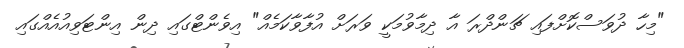
"މިހާ ދުވަސްކޮށްފައި ޗަންދްރަ އާ ދިމާވުމަކީ ވަރަށް އުފާވާކަމެއް" އިވެންޓްގައި ދިން އިންޓަވިއުއެއްގައި